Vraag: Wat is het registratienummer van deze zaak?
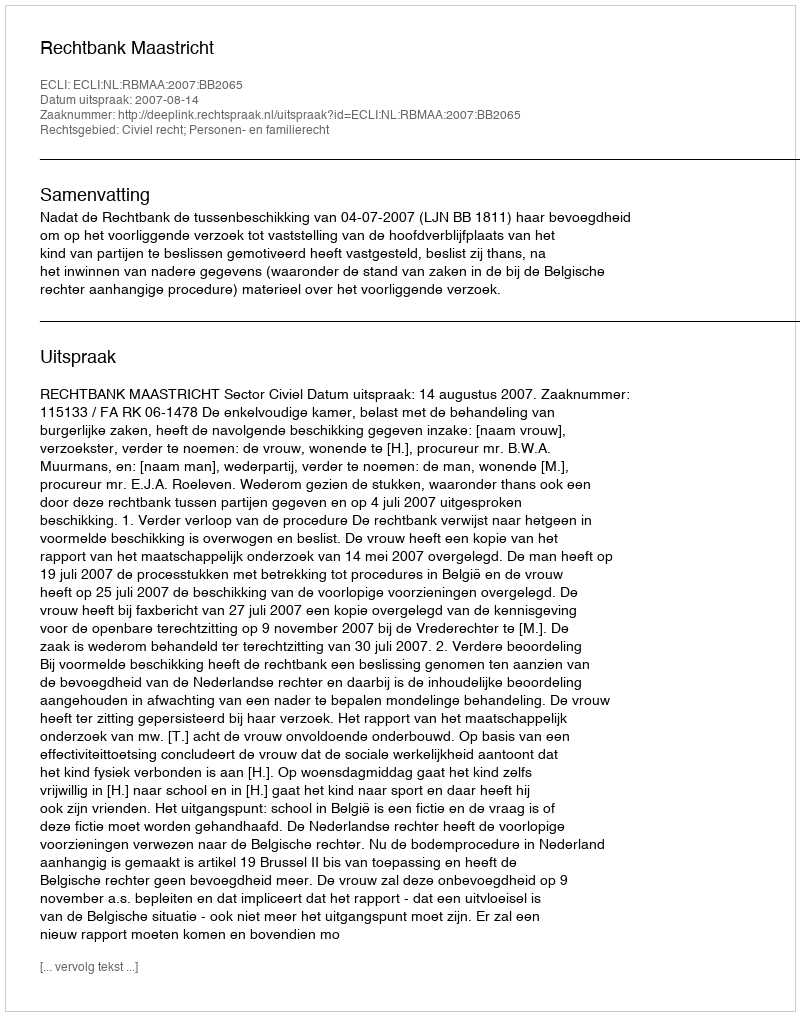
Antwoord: http://deeplink.rechtspraak.nl/uitspraak?id=ECLI:NL:RBMAA:2007:BB2065